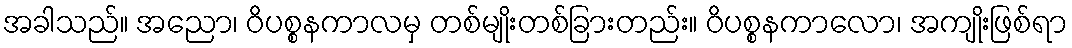
အခါသည်။ အညော၊ ဝိပစ္စနကာလမှ တစ်မျိုးတစ်ခြားတည်း။ ဝိပစ္စနကာလော၊ အကျိုးဖြစ်ရာ